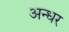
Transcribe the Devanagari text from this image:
अन्धर